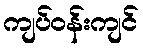
ကျပ်ဝန်းကျင်